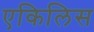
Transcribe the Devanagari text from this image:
एकिलिस